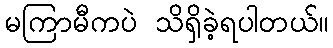
မကြာမီကပဲ သိရှိခဲ့ရပါတယ်။